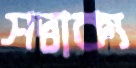
সদ্বাক্য